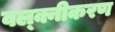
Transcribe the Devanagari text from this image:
वल्क्नीकरण